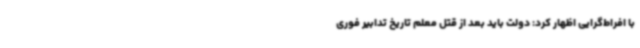
با افراط‌گرایی اظهار کرد: دولت باید بعد از قتل معلم تاریخ تدابیر فوری